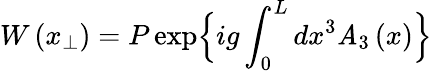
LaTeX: W\left(x_{\perp}\right)=P\exp\Bigl\{ ig\int_{0}^{L}dx^{3}\mathit{A}_{3}\left(x\right)\Bigr\}